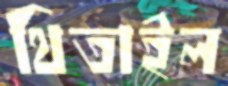
থিতাইল